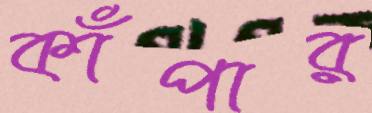
কাঁপার